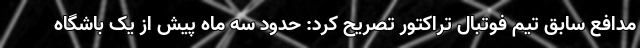
مدافع سابق تیم فوتبال تراکتور تصریح کرد: حدود سه ماه پیش از یک باشگاه